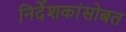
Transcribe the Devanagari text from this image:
निर्देशकांसोबत